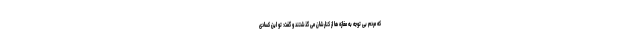
که مردم بی توجه به مغازه­ ها از کنارشان می­ گذشتند و گفت: تو این کسادی